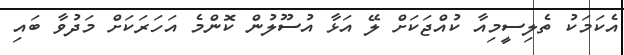
އެކަމަކު ތެލިސީމިއާ ކުއްޖަކަށް ލޭ އަޅާ އުސޫލުން ކޮންމެ އަހަރަކަށް މަދުވާ ބައި